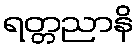
ရတ္တညာနိ